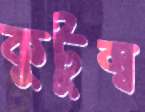
কুটুম্ব